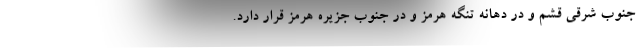
جنوب شرقی قشم و در دهانه تنگه هرمز و در جنوب جزیره هرمز قرار دارد.